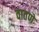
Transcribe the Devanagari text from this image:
वातणे